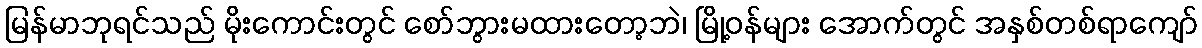
မြန်မာဘုရင်သည် မိုးကောင်းတွင် စော်ဘွားမထားတော့ဘဲ၊ မြို့ဝန်များ အောက်တွင် အနှစ်တစ်ရာကျော်